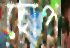
হোপ